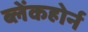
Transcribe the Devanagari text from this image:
ब्लेंकहोर्न